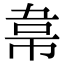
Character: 𮧮